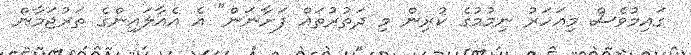
ގައިމުވެސް މިއަހަރު ނިމުމުގެ ކުރިން މި ދަތުރުތައް ފަށާނަން" އެ އެއާލައިންގެ ތަރުޖަމާން